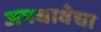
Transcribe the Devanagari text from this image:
अपधावेचा